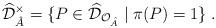
LaTeX: \begin{align*} \widehat{\mathcal D}_{\hat{A}}^{\times} = \{ P \in \widehat{\mathcal D}_{\mathcal{O}_{\hat{A}}} \; | \; \pi(P)=1 \} \; .\end{align*}